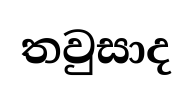
තවුසාද